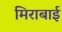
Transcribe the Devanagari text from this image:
मिराबाई